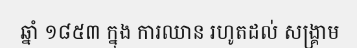
ឆ្នាំ ១៨៥៣ ក្នុង ការឈាន រហូតដល់ សង្គ្រាម